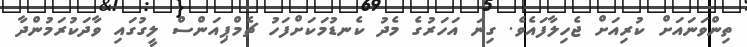
ތިންވަނައަށް ކުރިއަށް ޖެހިލާފައެވެ. ގިނަ އަހަރުގެ މެދު ކެނޑުމަކަށްފަހު ޗެމްޕިއަންސް ލީގުގައި ވާދަކުރަމުންދާ